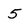
Character: 5